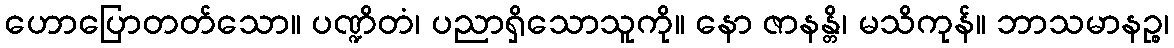
ဟောပြောတတ်သော။ ပဏ္ဍိတံ၊ ပညာရှိသောသူကို။ နော ဇာနန္တိ၊ မသိကုန်။ ဘာသမာနဉ္စ၊